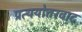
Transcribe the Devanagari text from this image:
प्रत्ययोत्तरवाद